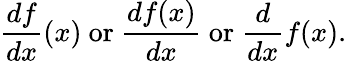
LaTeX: {\frac{df}{dx}}(x){\mathrm{~or~}}{\frac{df(x)}{dx}}{\mathrm{~or~}}{\frac{d}{dx}}f(x).